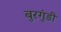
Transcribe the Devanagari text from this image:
बुरगुंडी